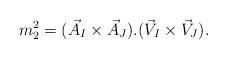
LaTeX: \begin{align*}m_2^2 = (\vec{A}_I \times \vec{A}_J ). (\vec{V}_I \times \vec{V}_J). \end{align*}